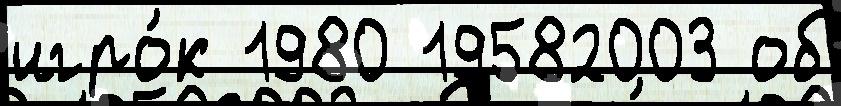
игро́к 1980 19582003 об